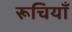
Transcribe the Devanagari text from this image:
रूचियाँ